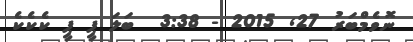
ނޮވެމްބަރު 27